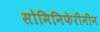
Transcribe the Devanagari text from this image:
सोमिनिफेरीनीन